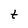
Character: t